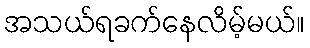
အသယ်ရခက်နေလိမ့်မယ်။